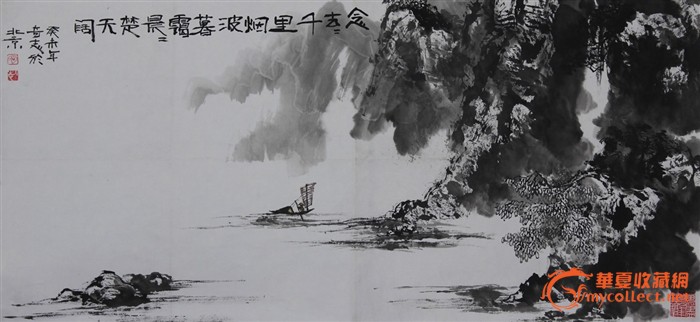
念去去，千里烟波，暮霭沉沉楚天阔。